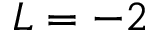
L = - 2